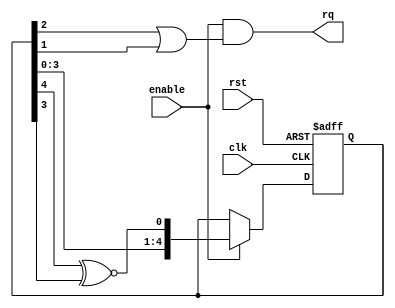
// Module:  lfsr

module lfsr#(
    parameter SEED = 5'b00011 // At least one bit must be equal to 1
)(
    input clk,
    input rst,
    input enable,
    output rq
);

    // The implemented LFSR consists of 5 registers
    // It is used to generate an radom request pulse

    // Internal registers

    reg [4:0] d;

    always @(posedge clk or posedge rst) begin
        if(rst) 
        begin
            d[0] <= SEED[0];
            d[1] <= SEED[1];
            d[2] <= SEED[2];
            d[3] <= SEED[3];
            d[4] <= SEED[4];
        end
        else if (enable) begin
            d <= { d[3:0], d[4] ^~ d[3] };     
        end
    end

assign rq = enable && ((d[2] | d[1]));

endmodule // lfsr